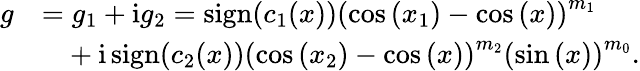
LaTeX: \begin{array}{rl}{g}&{=g_{1}+\mathrm{i}g_{2}=\operatorname{sign}(c_{1}(x))\left(\cos{(x_{1})}-\cos{(x)}\right)^{m_{1}}}\\ &{\phantom{=}+\mathrm{i}\operatorname{sign}(c_{2}(x))\left(\cos{(x_{2})}-\cos{(x)}\right)^{m_{2}}\left(\sin{(x)}\right)^{m_{0}}.}\end{array}